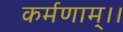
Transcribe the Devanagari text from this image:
कर्मणाम्।।